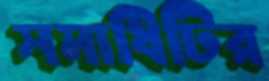
সমাধিটির